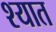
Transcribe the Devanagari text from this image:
श्यात